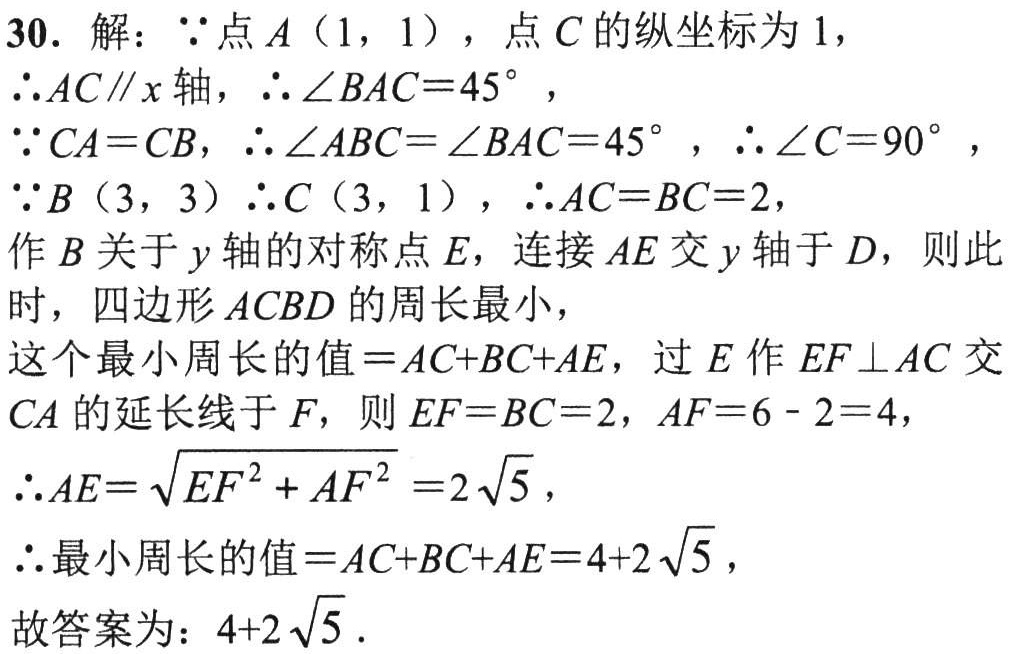
30. 解：\(\because\)点\(A(1,1)\)，点\(C\)的纵坐标为\(1\)，

\(\therefore AC\parallel x\)轴，\(\therefore \angle BAC = 45^{\circ}\)，

\(\because CA = CB\)，\(\therefore \angle ABC=\angle BAC = 45^{\circ}\)，\(\therefore \angle C = 90^{\circ}\)，

\(\because B(3,3)\)\(\therefore C(3,1)\)，\(\therefore AC = BC = 2\)，

作\(B\)关于\(y\)轴的对称点\(E\)，连接\(AE\)交\(y\)轴于\(D\)，则此时，四边形\(ACBD\)的周长最小，

这个最小周长的值\(=AC + BC+AE\)，过\(E\)作\(EF\perp AC\)交\(CA\)的延长线于\(F\)，则\(EF = BC = 2\)，\(AF = 6 - 2 = 4\)，

\(\therefore AE=\sqrt{EF^{2}+AF^{2}} = 2\sqrt{5}\)，

\(\therefore\)最小周长的值\(=AC + BC+AE = 4 + 2\sqrt{5}\)，

故答案为：\(4 + 2\sqrt{5}\)．